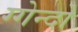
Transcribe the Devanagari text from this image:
ग्गेन्दो